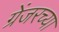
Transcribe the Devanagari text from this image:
ग्रेंजरच्या